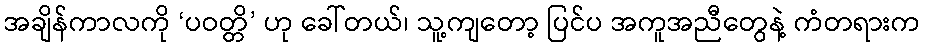
အချိန်ကာလကို ‘ပဝတ္တိ’ ဟု ခေါ်တယ်၊ သူ့ကျတော့ ပြင်ပ အကူအညီတွေနဲ့ ကံတရားက